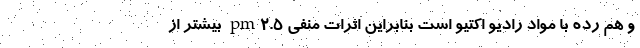
و هم رده با مواد رادیو اکتیو است بنابراین اثرات منفی pm۲.۵ بیشتر از